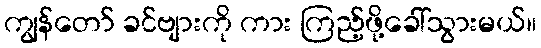
ကျွန်တော် ခင်ဗျားကို ကား ကြည့်ဖို့ခေါ်သွားမယ်။